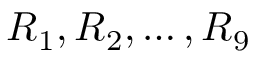
\boldsymbol { R } _ { 1 } , \boldsymbol { R } _ { 2 } , \dots , \boldsymbol { R } _ { 9 }